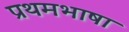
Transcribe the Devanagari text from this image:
प्रथमभाषा